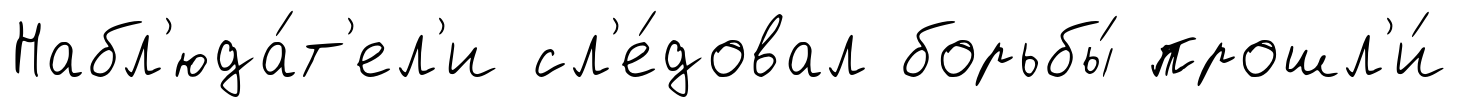
Набл'юда́т'ел'и сл'е́довал борьбы́ прошл'и́